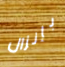
بإنزال